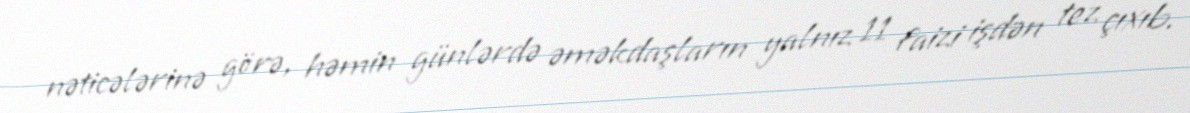
nəticələrinə görə, həmin günlərdə əməkdaşların yalnız 11 faizi işdən tez çıxıb.